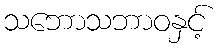
သဘောသဘာဝနှင့်